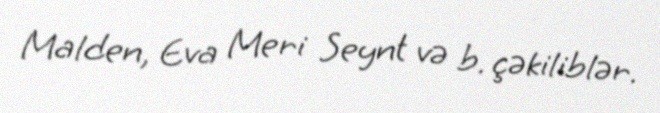
Malden, Eva Meri Seynt və b. çəkiliblər.